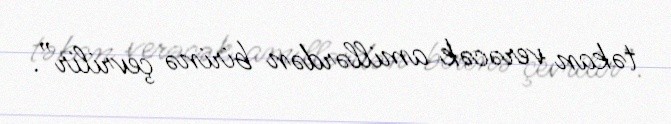
təkan verəcək amillərdən birinə çevrilir”.